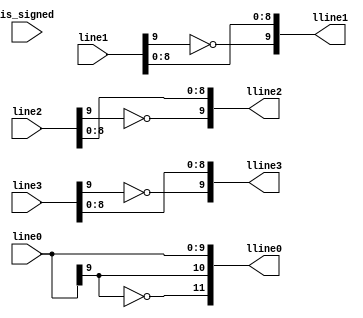
`timescale 1ns / 1ps
module NPU_GEN_PROD_EXTEND(
        //NPU_PROD0_Sign,
        //NPU_PROD1_Sign,
        //NPU_PROD2_Sign,
        //NPU_PROD3_Sign,
        line0,
        line1,
        line2,
        line3,
        is_signed,
        lline0,
        lline1,
        lline2,
        lline3
);

parameter DWA = 8;
parameter DWB = 8;
//3bit: [2]=~+1  [1][0]=*
parameter DWB_CODE = 12;
parameter DWS = 21;
parameter NPU_CUBE_MAC_NUM = 8;
parameter SIGNED_A = 0;
parameter DWM = DWA + DWB;
parameter DWPRODUCT = 19;
parameter DWOUPUT =   19;
parameter DWPPLEN =   10;

input [DWPPLEN-1:0] line0;
input [DWPPLEN-1:0] line1;
input [DWPPLEN-1:0] line2;
input [DWPPLEN-1:0] line3;
input is_signed;
output [(DWB+4)-1:0] lline0;//12
output [(DWB+2)-1:0] lline1;//12
output [(DWB+2)-1:0] lline2;//12
output [(DWB+2)-1:0] lline3;//12

//input NPU_PROD0_Sign;
//input NPU_PROD1_Sign;
//input NPU_PROD2_Sign;
//input NPU_PROD3_Sign;

wire e0s;
wire e1s;
wire e2s;
wire e3s;

assign e0s = ~line0[DWPPLEN-1];
assign e1s = ~line1[DWPPLEN-1];
assign e2s = ~line2[DWPPLEN-1];
assign e3s = ~line3[DWPPLEN-1];

assign e0s_inv = line0[DWPPLEN-1];

assign s_e0s = e0s;// & is_signed;
assign s_e1s = e1s;// & is_signed;
assign s_e2s = e2s;// & is_signed;
assign s_e3s = e3s;// & is_signed;

assign s_e0s_inv = e0s_inv;// & is_signed;

assign lline0 = {s_e0s,s_e0s_inv,s_e0s_inv,line0[DWPPLEN-2:0]};
assign lline1 = {s_e1s,line1[DWPPLEN-2:0]};//,1'b0,NPU_PROD0_Sign};
assign lline2 = {s_e2s,line2[DWPPLEN-2:0]};//,1'b0,NPU_PROD1_Sign};
assign lline3 = {s_e3s,line3[DWPPLEN-2:0]};//,1'b0,NPU_PROD2_Sign};

endmodule